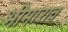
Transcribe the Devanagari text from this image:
भीमाराव